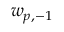
w _ { p , - 1 }